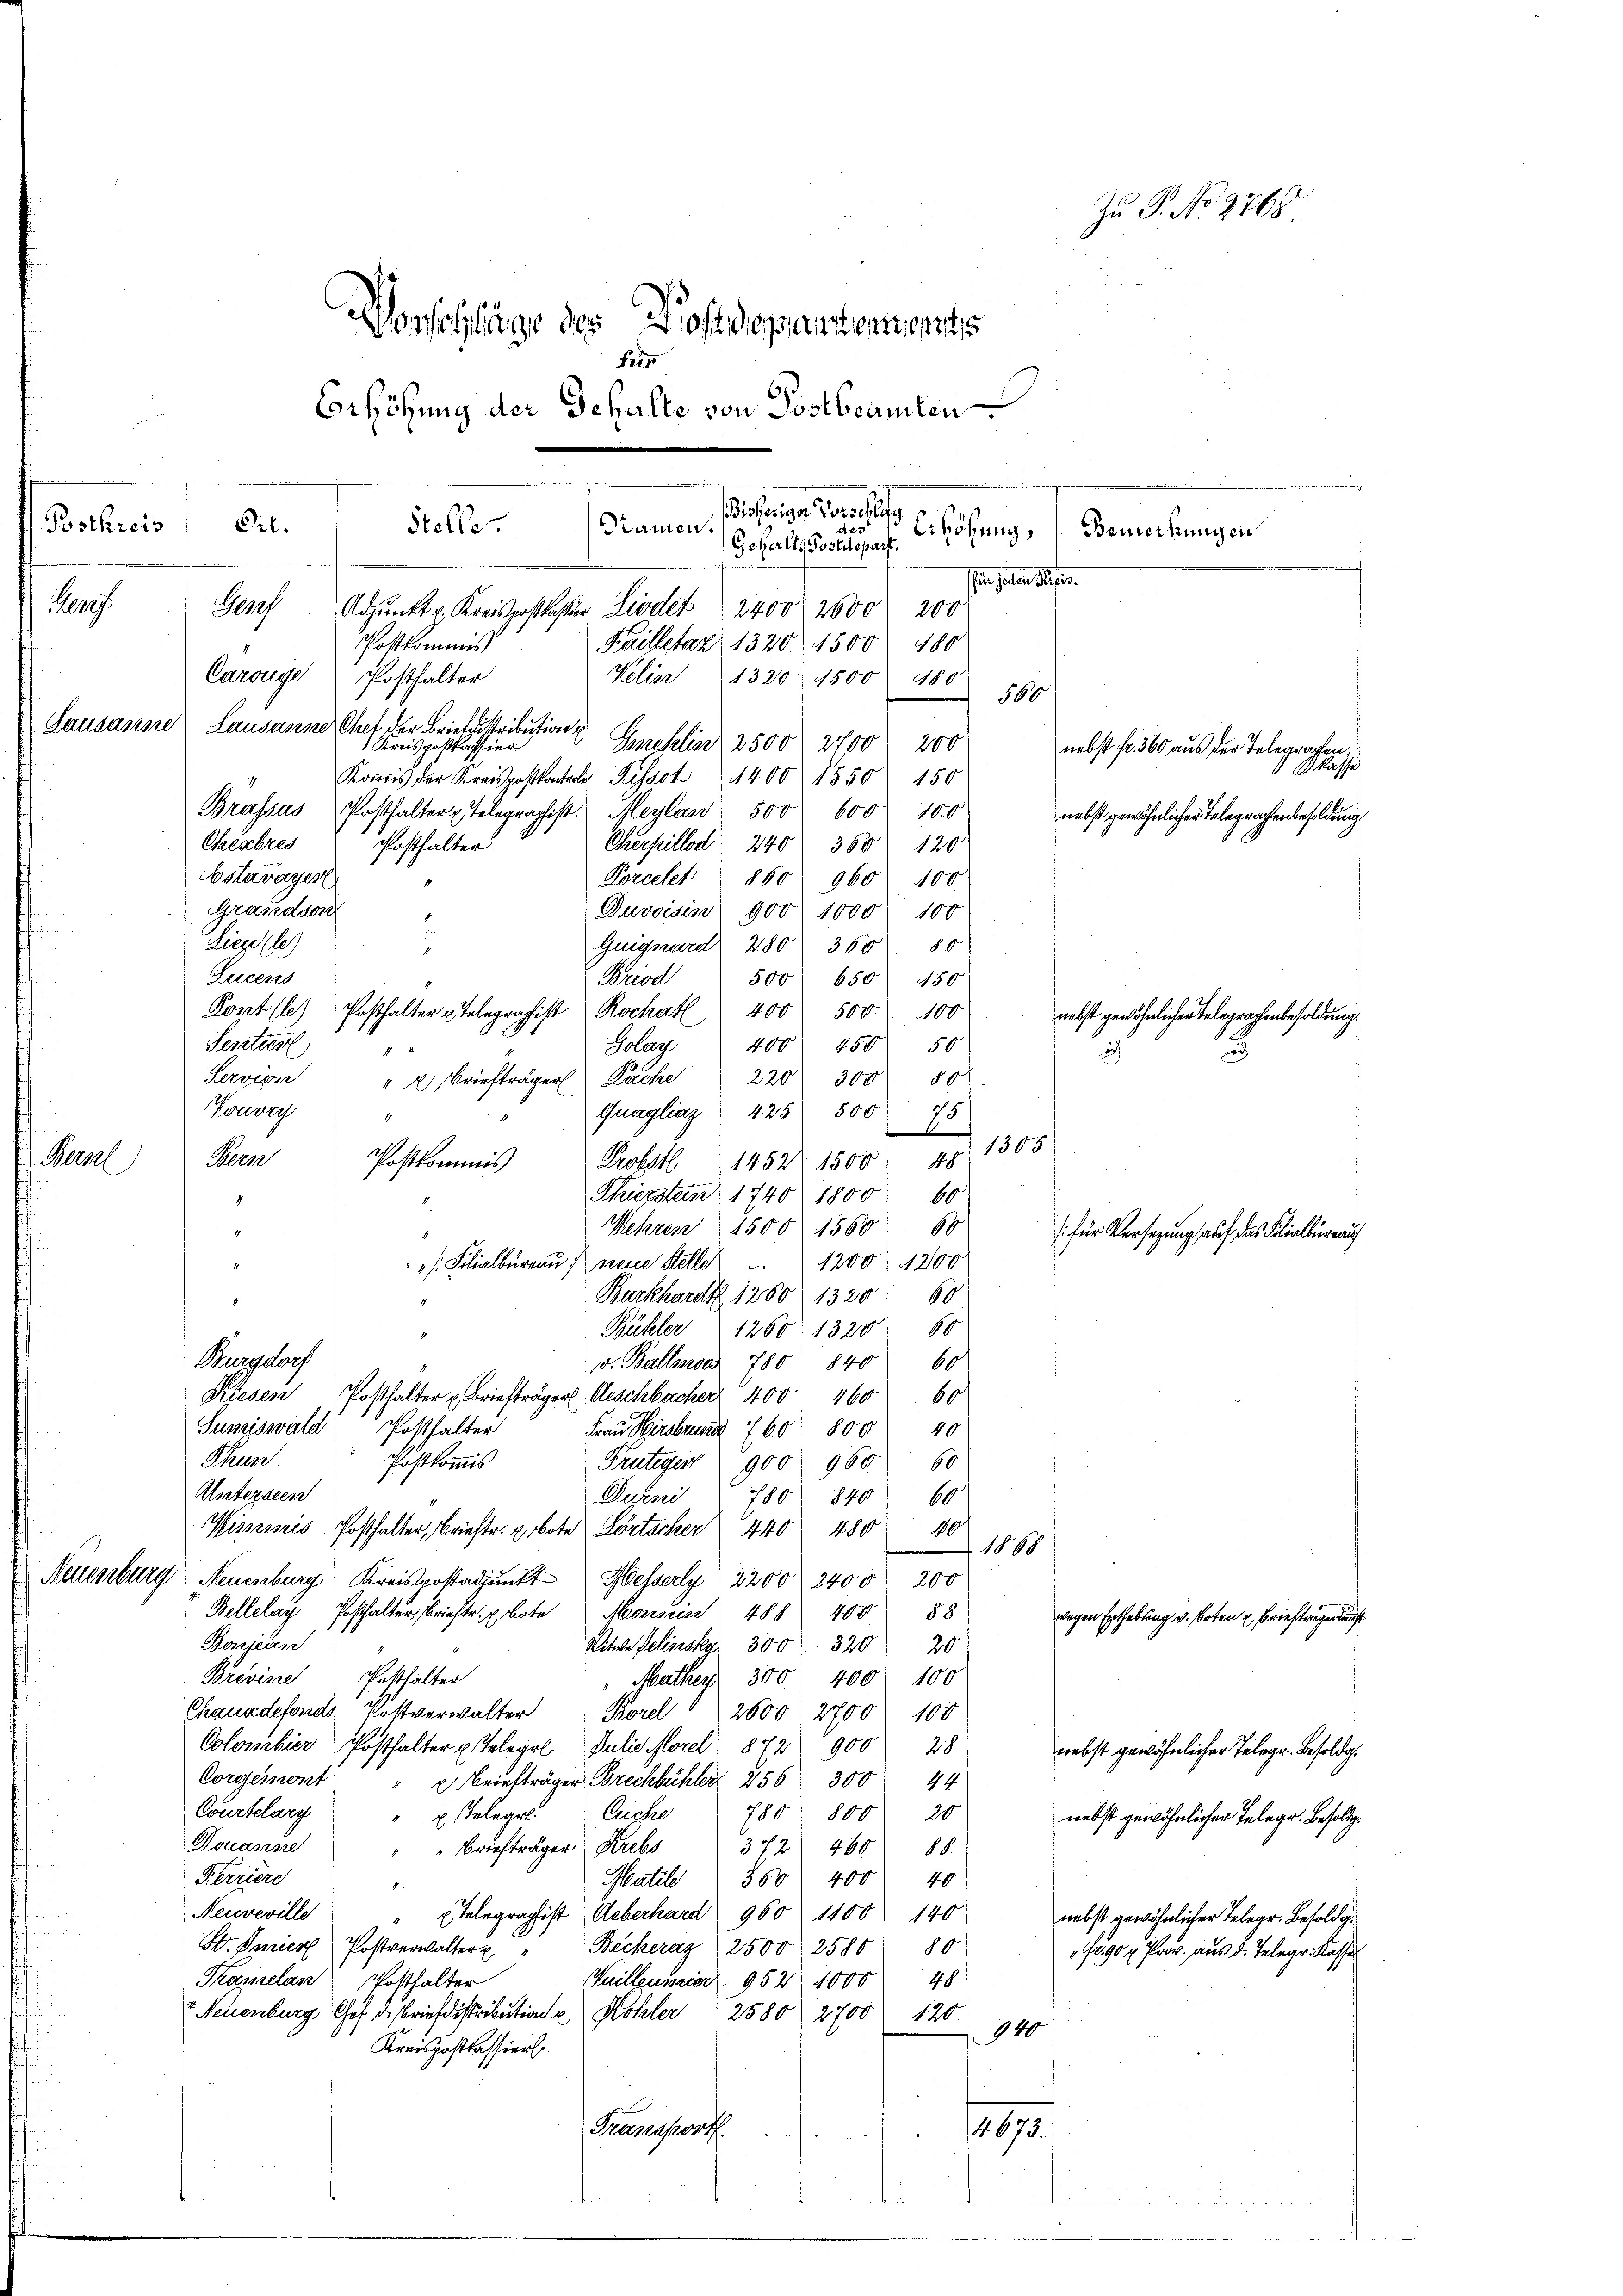
Postkreis

Genf

Bern

shin gelten Reises.
n
Postkommis
Carouye Posthalter
566
Lausanne Lausanne Chef der Briefstribution
Grehlin 2500. 2700 200
1 Kreispostkassier
nebst fr. 360 aus der Telegraphen.
Skasse
Kois der Kreispostkatale Rissot 1400 1550 150
Brassus Posthalter Telegraphist. Maylan 500 600 100
nebst gewöhnlicher Telegraphenbesoldung
Chenbres
Posthalter
Cherheillos 240. 368 120
Estavayer
Korcelet 860: 960. 100
Grandson
Duvoisis 900 1000 100
f
Liegl (le)
Guiguard 280 360. 85
s
Lucens
Briod
500. 650. 450
Pontlle) Posthalter Telegraphist Rochert 400 500 100
Sentier
400 450 50
Solang
7
Servien
220 300 80
" 2 Briefträger Kache
Guagliaz 425 500 75
Vouvry "
Probst. 1452. 1500 pr. 1305
Bern
Postkommis
Thierstern 1740 1800 60
8
Wehren 1500 1560 60
[für Versezung auf das Klialbürang
/. Filialbüreau neue Stelle 1200. 1200
Burkhardt 1260 1320 60
4
Bühler 1260. 1320 60
Burgdorf
60
v. Ballmon 780 840
Riesen Posthalter u Briefträger Geschbacher 400 460
60
Sumiswald Posthalter
Frau Hirsbrund 760 800
40
Thun
Postkommis
Frutigert 900 960
60
Unterseen
Durni 780 840
60
Winamis Posthalter, Briefte erbote Lörtscher 440 480
10
1868
Neuenburg Neuenburg Kreispostadjunkt Hesserly 2200 2400 200
Bellelay Posthalter brieftr. Bote Monsis 488 400 88
wegen Enthebung v. Orten u. Briefträgen de
Bonjean
Mitere Selinsky 300. 320 20
Brevine Posthalter
" Mathes 300. 400 100
Chausdefonds Postverwalter Borel " 2500. 2700 100
Colombier Posthalter u. Telegel. Julie Florel 872 900 28
nebst gewöhnlicher Telegr. Besoldig
Corgemont
 Briefträgen Brechbüchler 256 300 44
Courtelary
x Teleget Euche   780 800 20
nebst gewöhnlicher Telegr. Besoldg¬
Douanme
372 460 88.
" " Briefträger Krebs
Ferriere
Matile 868. 400
40
Neuveville
E telegraphist. Ueberhard 960. 1100 140
nebst gewöhnlicher Telegr. Besoldg
St. Ferier Postverwalter " Beckeray 2500 2588 80
.90 x Prov. aus d. Telegr. Kasse
Thamelan Posthalter
Guillener 952 4000 48
v Neuenburg Chef d. Briefdistribution u Kohler 2580. 2700 120
940
Kreispostkassier
Transport
14673.
d

Zu P. No. 2768
Wonschlänge des Postdepartements
28
Erhöhung der Gehalte von Postbeamten

.
Bisheriges Vorschli
Dil.
4 x 2
Stelle.
Namen
eihung, Generlangen
Geberles Postdepart.
i

Adjunkt v. Kreispostloser Lieder 2400 2600 200
Failletaz 1320. 1500 480
Nelin 1320 1500 480

nebst gewöhnlichen Telegraphenbesoldung.